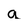
Character: a